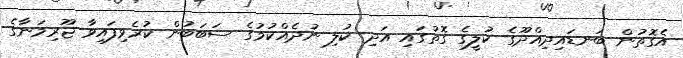
އެގޮތުން ބަނޑައިދިއްދޫގެ ކުލީގެ ގޮތުގައި އަދި ކުލި ނުދެއްކުމުގެ ސަބަބުން ކުރެވިފައިވާ ޖޫރިމަނާގެ